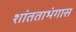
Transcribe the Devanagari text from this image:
शांतताभंगास